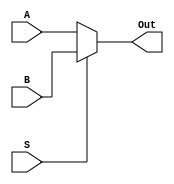
`timescale 1ns / 1ps

// Module Name: MUX

module MUX #(parameter n=32)(
    input [n-1:0]A,
    input [n-1:0]B,
    input S,
    output [n-1:0]Out
    );
    assign Out = (S)? B:A;
    
endmodule




module MUX2x4 #(parameter n=32)(
    input [n-1:0]A,
    input [n-1:0]B,
    input [n-1:0]C,
    input [n-1:0]D,
    input [1:0]S,
    output [n-1:0]Out
    );
    assign Out = (S==0)? A:(S==1)? B:(S==2)? C: D;
    
endmodule